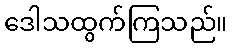
ဒေါသထွက်ကြသည်။